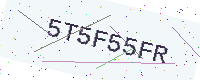
Text: 5T5F55FR